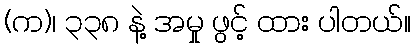
(က)၊ ၃၃၈ နဲ့ အမှု ဖွင့် ထား ပါတယ်။